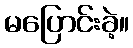
မပြောင်းခဲ့။